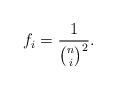
LaTeX: \begin{align*}f_i = \frac{1}{\binom n i ^2}.\end{align*}